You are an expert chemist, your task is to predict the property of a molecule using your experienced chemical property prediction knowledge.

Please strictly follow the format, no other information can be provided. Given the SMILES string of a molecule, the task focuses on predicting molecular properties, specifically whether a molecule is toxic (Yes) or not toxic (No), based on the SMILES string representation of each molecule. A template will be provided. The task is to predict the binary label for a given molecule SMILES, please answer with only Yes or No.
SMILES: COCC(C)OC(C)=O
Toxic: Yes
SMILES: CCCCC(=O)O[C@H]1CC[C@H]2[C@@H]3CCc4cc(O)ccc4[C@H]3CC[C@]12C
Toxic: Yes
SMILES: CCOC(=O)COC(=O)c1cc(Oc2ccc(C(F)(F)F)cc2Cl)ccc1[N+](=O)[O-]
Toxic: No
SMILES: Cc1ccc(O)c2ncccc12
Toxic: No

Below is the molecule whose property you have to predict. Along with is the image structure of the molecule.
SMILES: O=[N+]([O-])c1ccc(F)cc1F
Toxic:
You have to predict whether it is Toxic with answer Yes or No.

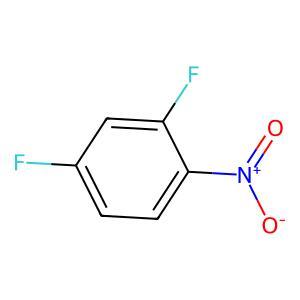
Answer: No